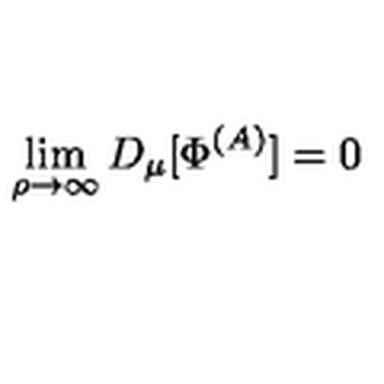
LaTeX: \lim _ { \rho \to \infty } D _ { \mu } [ \Phi ^ { ( A ) } ] = 0